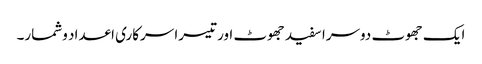
ایک جھوٹ دوسرا سفید جھوٹ اور تیسرا سرکاری اعداد وشمار۔